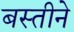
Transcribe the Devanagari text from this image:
बस्तीने